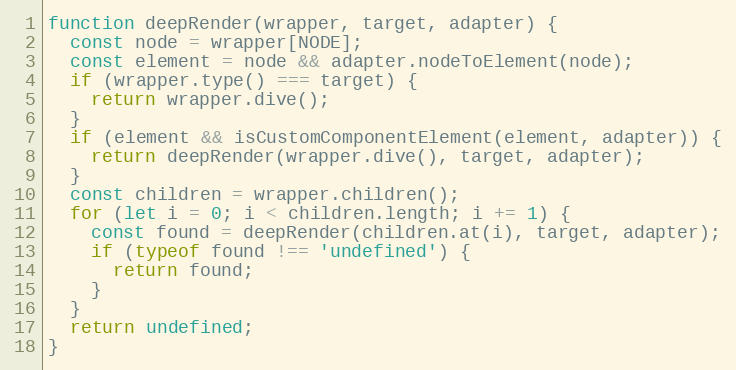
Language: JavaScript
function deepRender(wrapper, target, adapter) {
  const node = wrapper[NODE];
  const element = node && adapter.nodeToElement(node);
  if (wrapper.type() === target) {
    return wrapper.dive();
  }
  if (element && isCustomComponentElement(element, adapter)) {
    return deepRender(wrapper.dive(), target, adapter);
  }
  const children = wrapper.children();
  for (let i = 0; i < children.length; i += 1) {
    const found = deepRender(children.at(i), target, adapter);
    if (typeof found !== 'undefined') {
      return found;
    }
  }
  return undefined;
}